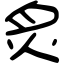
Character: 炙